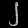
Digit: ၂